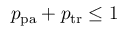
p _ { \mathrm { p a } } + p _ { \mathrm { t r } } \leq 1